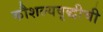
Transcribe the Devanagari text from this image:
कौशल्यवृद्धीची